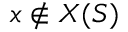
x \notin X ( S )